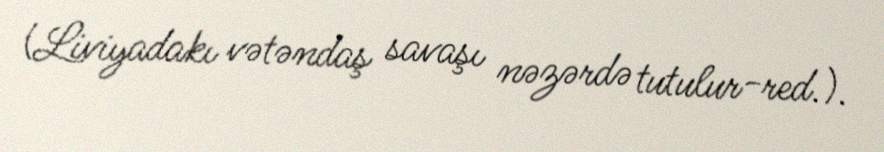
(Liviyadakı vətəndaş savaşı nəzərdə tutulur-red.).